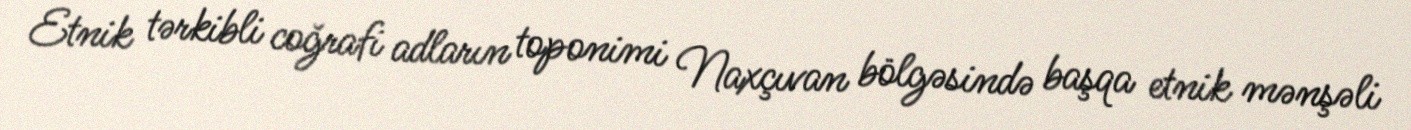
Etnik tərkibli coğrafi adların toponimi Naxçıvan bölgəsində başqa etnik mənşəli